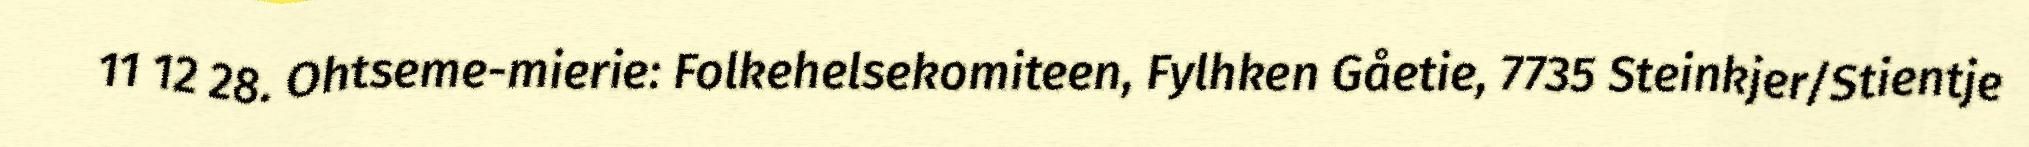
11 12 28. Ohtseme-mierie: Folkehelsekomiteen, Fylhken Gåetie, 7735 Steinkjer/Stientje